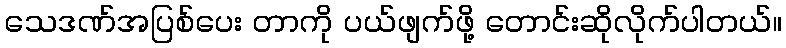
သေဒဏ်အပြစ်ပေး တာကို ပယ်ဖျက်ဖို့ တောင်းဆိုလိုက်ပါတယ်။